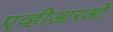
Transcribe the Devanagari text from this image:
एव्हीआरओ